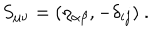
S _ { \mu \nu } = ( \eta _ { \alpha \beta } , - \delta _ { i j } ) ~ .